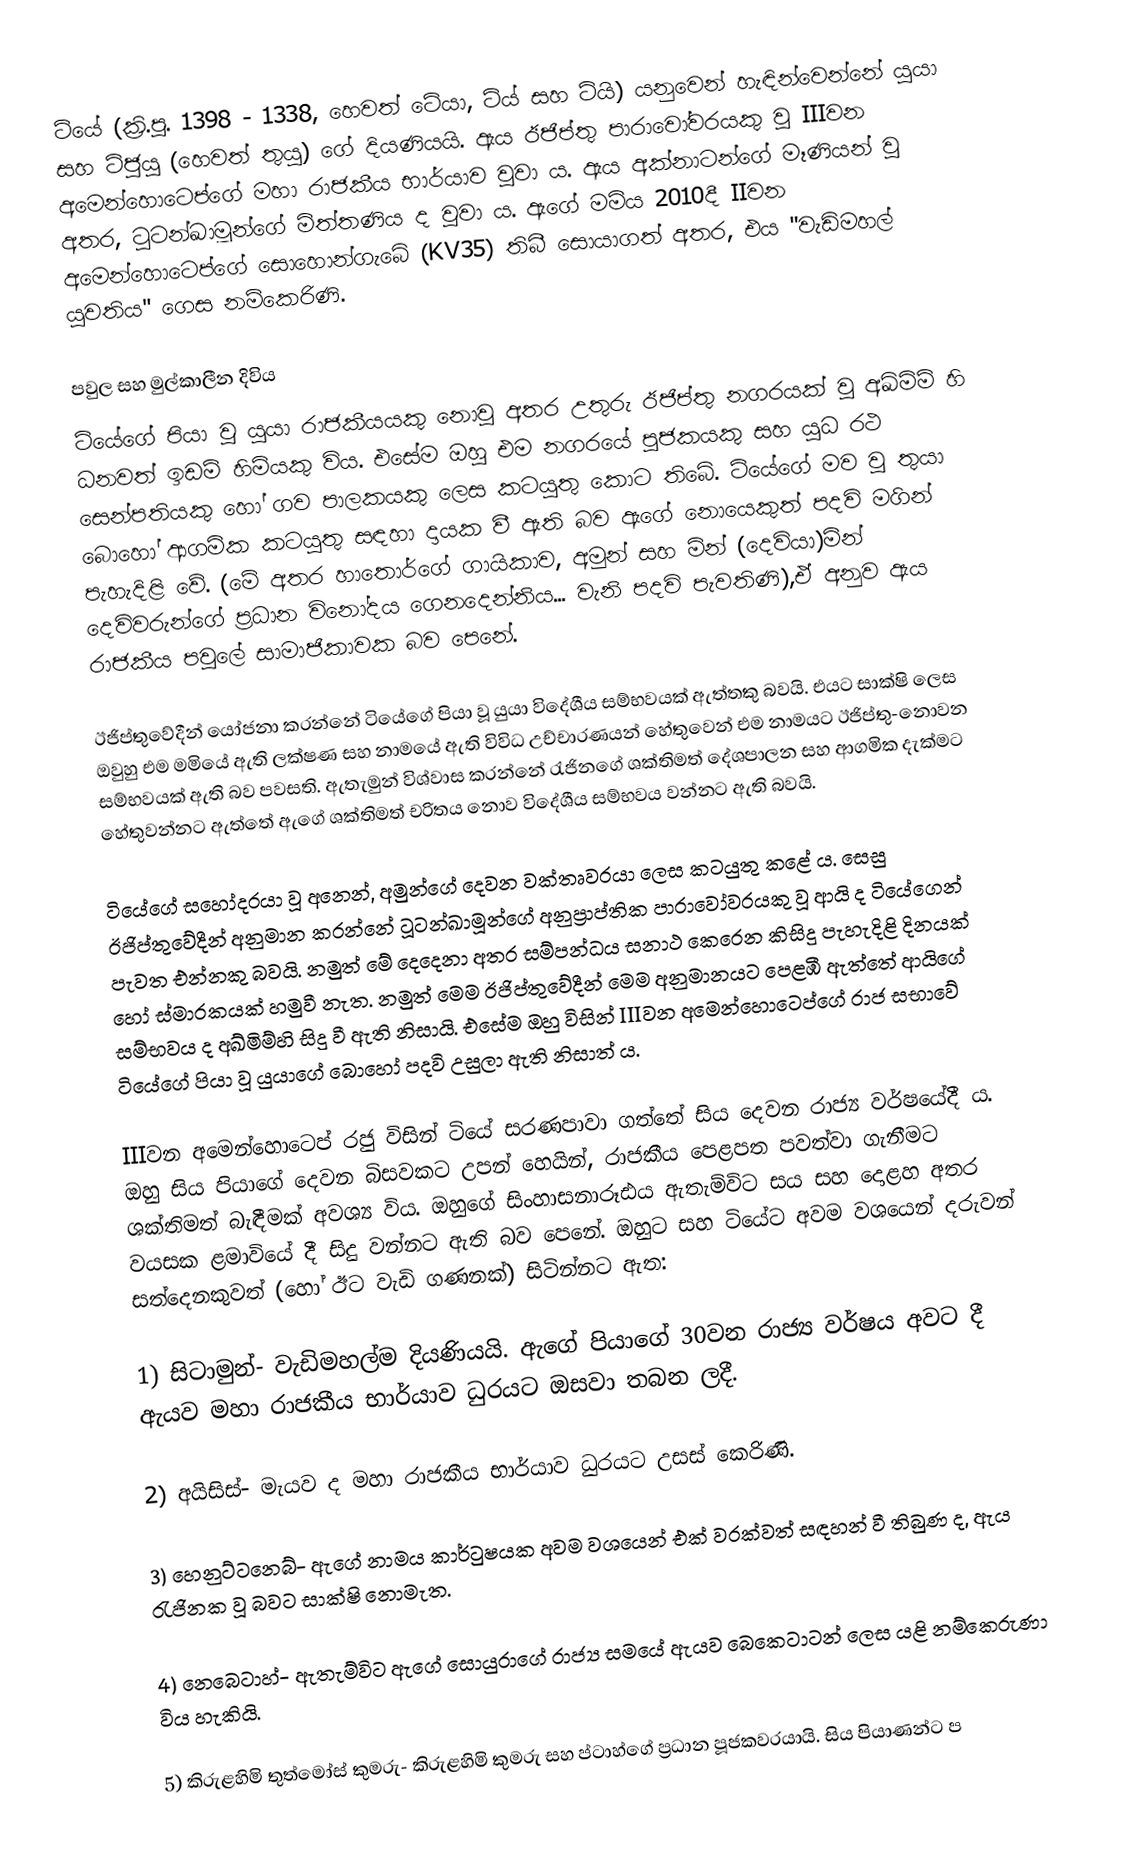
ටියේ (ක්‍රි.පූ. 1398 - 1338, හෙවත් ටේයා, ටිය් සහ ටියි) යනුවෙන් හැඳින්වෙන්නේ යුයා සහ ට්ජුයු (හෙවත් තුයු) ගේ දියණියයි. ඇය ඊජිප්තු පාරාවෝවරයකු වූ IIIවන අමෙන්හොටෙප්ගේ මහා රාජකීය භාර්යාව වූවා ය. ඇය අක්නාටන්ගේ මෑණියන් වූ අතර, ටූටන්ඛාමූන්ගේ මිත්තණිය ද වූවා ය. ඇගේ මමිය 2010දී IIවන අමෙන්හොටෙප්ගේ සොහොන්ගැබේ (KV35) තිබී සොයාගත් අතර, එය "වැඩිමහල් යුවතිය" ගෙස නම්කෙරිණි.

පවුල සහ මුල්කාලීන දිවිය
ටියේගේ පියා වූ යුයා රාජකීයයකු නොවූ අතර උතුරු ඊජිප්තු නගරයක් වූ අඛ්මිම් හි ධනවත් ඉඩම් හිමියකු විය. එසේම ඔහු එම නගරයේ පූජකයකු සහ යුධ රථ සෙන්පතියකු හෝ ගව පාලකයකු ලෙස කටයුතු කොට තිබේ. ටියේගේ මව වූ තුයා බොහෝ ආගමික කටයුතු සඳහා දායක වී ඇති බව ඇගේ නොයෙකුත් පදවි මගින් පැහැදිළි වේ. (මේ අතර හාතොර්ගේ ගායිකාව, අමුන් සහ මින් (දෙවියා)මින් දෙවිවරුන්ගේ ප්‍රධාන විනෝදය ගෙනදෙන්නිය... වැනි පදවි පැවතිණි),ඒ අනුව ඇය රාජකීය පවුලේ සාමාජිකාවක බව පෙනේ.

ඊජිප්තුවේදීන් යෝජනා කරන්නේ ටියේගේ පියා වූ යුයා විදේශීය සම්භවයක් ඇත්තකු බවයි. එයට සාක්ෂි ලෙස ඔවුහු එම මමියේ ඇති ලක්ෂණ සහ නාමයේ ඇති විවිධ උච්චාරණයන් හේතුවෙන් එම නාමයට ඊජිප්තු-නොවන සම්භවයක් ඇති බව පවසති. ඇතැමුන් විශ්වාස කරන්නේ රැජිනගේ ශක්තිමත් දේශපාලන සහ ආගමික දැක්මට හේතුවන්නට ඇත්තේ ඇගේ ශක්තිමත් චරිතය නොව විදේශීය සම්භවය වන්නට ඇති බවයි.

ටියේගේ සහෝදරයා වූ අනෙන්, අමුන්ගේ දෙවන වක්තෘවරයා ලෙස කටයුතු කළේ ය. සෙසු ඊජිප්තුවේදීන් අනුමාන කරන්නේ ටූටන්ඛාමූන්ගේ අනුප්‍රාප්තික පාරාවෝවරයකු වූ ආයි ද ටියේගෙන් පැවත එන්නකු බවයි. නමුත් මේ දෙදෙනා අතර සම්පන්ධය සනාථ කෙරෙන කිසිදු පැහැදිළි දිනයක් හෝ ස්මාරකයක් හමුවී නැත. නමුත් මෙම ඊජිප්තුවේදීන් මෙම අනුමානයට පෙළඹී ඇත්තේ ආයිගේ සම්භවය ද අඛ්මිම්හි සිදු වී ඇති නිසායි. එසේම ඔහු විසින් IIIවන අමෙන්හොටෙප්ගේ රාජ සභාවේ ටියේගේ පියා වූ යුයාගේ බොහෝ පදවි උසුලා ඇති නිසාත් ය.

IIIවන අමෙන්හොටෙප් රජු විසින් ටියේ සරණපාවා ගත්තේ සිය දෙවන රාජ්‍ය වර්ෂයේදී ය. ඔහු සිය පියාගේ දෙවන බිසවකට උපන් හෙයින්, රාජකීය පෙළපත පවත්වා ගැනීමට ශක්තිමත් බැඳීමක් අවශ්‍ය විය. ඔහුගේ සිංහාසනාරූඪය ඇතැම්විට සය සහ දොළහ අතර වයසක ළමාවියේ දී සිදු වන්නට ඇති බව පෙනේ. ඔහුට සහ ටියේට අවම වශයෙන් දරුවන් සත්දෙනකුවත් (හෝ ඊට වැඩි ගණනක්) සිටින්නට ඇත:

1) සිටාමුන්- වැඩිමහල්ම දියණියයි. ඇගේ පියාගේ 30වන රාජ්‍ය වර්ෂය අවට දී ඇයව මහා රාජකීය භාර්යාව ධුරයට ඔසවා තබන ලදී.

2) අයිසිස්- මැයව ද මහා රාජකීය භාර්යාව ධුරයට උසස් කෙරිණි.

3) හෙනුට්ටනෙබ්- ඇගේ නාමය කාර්ටුෂයක අවම වශයෙන් එක් වරක්වත් සඳහන් වී තිබුණ ද, ඇය රැජිනක වූ බවට සාක්ෂි නොමැත.

4) නෙබෙටාහ්- ඇතැම්විට ඇගේ සොයුරාගේ රාජ්‍ය සමයේ ඇයව බෙකෙටාටන් ලෙස යළි නම්කෙරුණා විය හැකියි.

5) කිරුළහිමි තුත්මෝස් කුමරු- කිරුළහිමි කුමරු සහ ප්ටාහ්ගේ ප්‍රධාන පූජකවරයායි. සිය පියාණන්ට ප